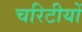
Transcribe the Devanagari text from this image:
चरिटीयों